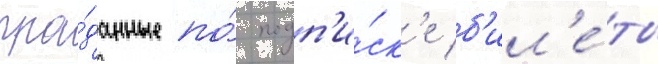
про́данные по́ подп'и́ск'е б'ил'е́ты